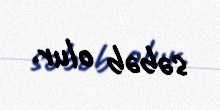
səbəb olur.